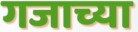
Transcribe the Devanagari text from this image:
गजाच्या